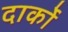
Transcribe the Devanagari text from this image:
दार्को